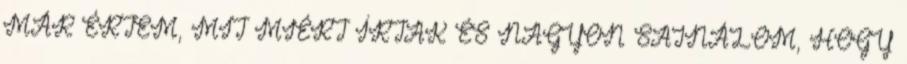
MÁR ÉRTEM, MIT MIÉRT ÍRTAK ÉS NAGYON SAJNÁLOM, HOGY